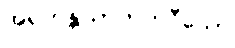
အရဟန္တဃာတကဝီသော